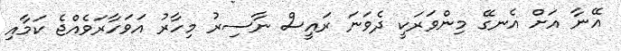
އޭނާ އަށް އެނގޭ މިންވަރަކީ ދެވަނަ ރައީސް ނާސިރު މިހާރު އަވަހާރަވެއްޖެ ކަމާއި